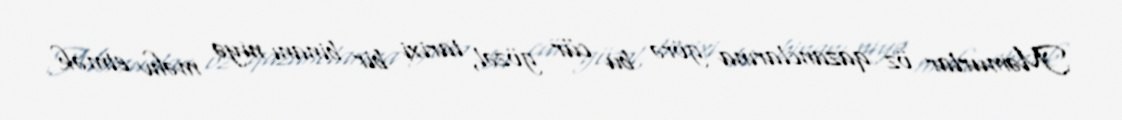
Məmurlar öz qazanclarına görə bu cür gözəl, tarixi bir binanı niyə məhv etmək